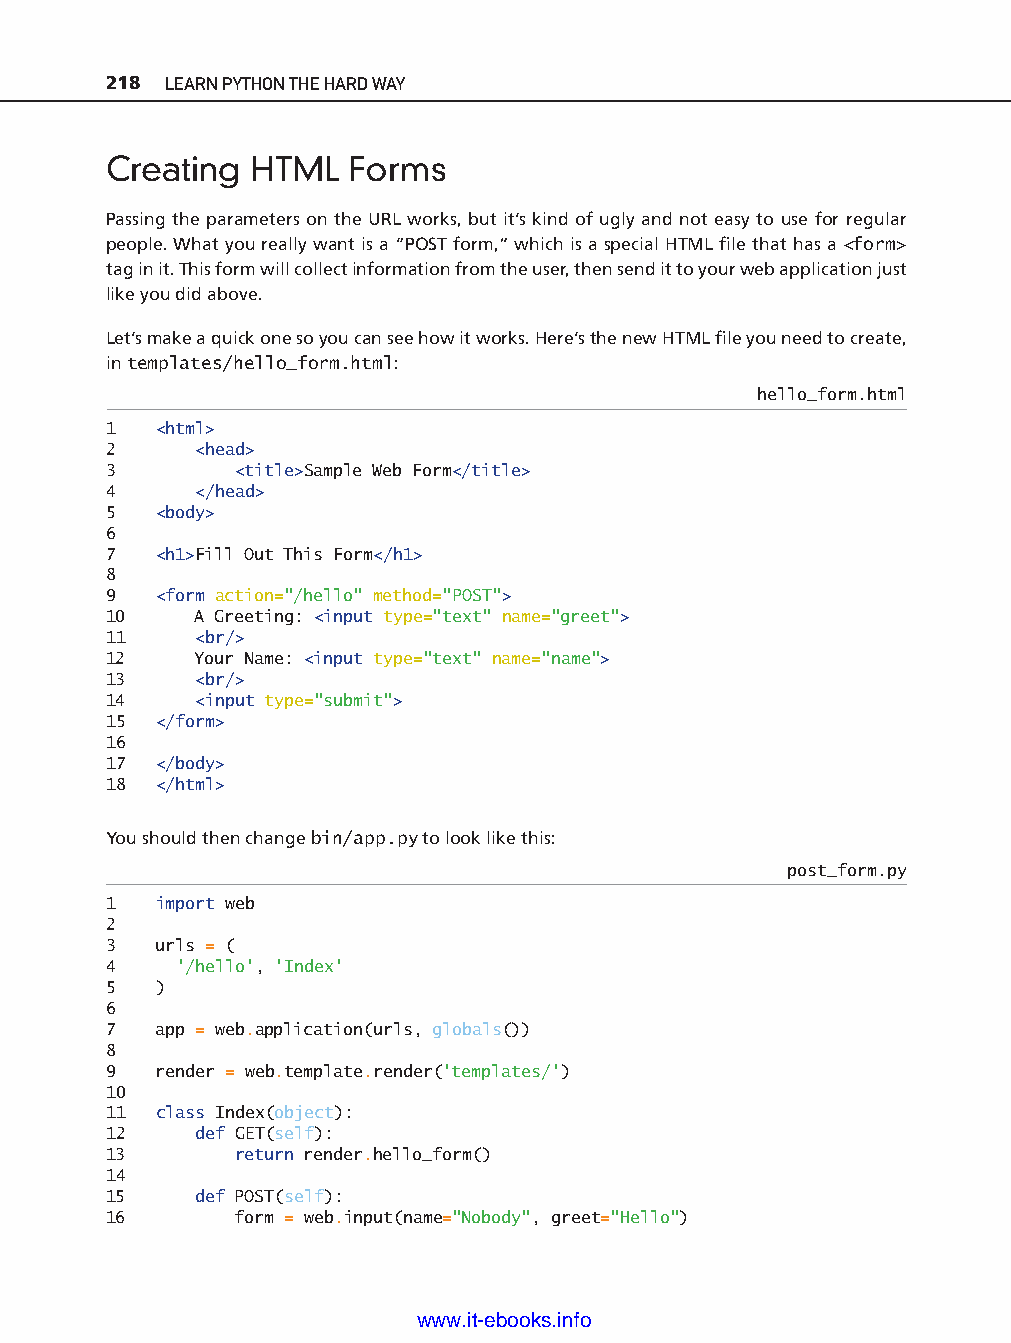
218 LEARN PYTHON THE HARD WAY
 Creating  HTML  Forms
 Passing the parameters on the URL works, but it’s kind of ugly and not easy to use for regular
 people. What you really want is a “POST form,” which is a special HTML fi le that has a <form>
 tag in it. This form will collect information from the user, then send it to your web application just
 like you did above.
 Let’s make a quick one so you can see how it works. Here’s the new HTML fi le you need to create,
 in templates/hello_form.html:
 hello_form.html
 1  <html>
 2     <head>
 3        <title>Sample Web Form</title>
 4     </head>
 5  <body>
 6
 7  <h1>Fill Out This Form</h1>
 8
 9  <form action="/hello" method="POST">
 10    A Greeting: <input type="text" name="greet">
 11    <br/>
 12    Your Name: <input type="text" name="name">
 13    <br/>                                                                      ptg11539604
 14    <input type="submit">
 15 </form>
 16
 17 </body>
 18 </html>
 You should then change bin/app.py to look like this:
 post_form.py
 1  import web
 2
 3  urls = (
 4    '/hello', 'Index'
 5  )
 6
 7  app = web.application(urls, globals())
 8
 9  render = web.template.render('templates/')
 10
 11 class Index(object):
 12    def GET(self):
 13       return render.hello_form()
 14
 15    def POST(self):
 16       form = web.input(name="Nobody", greet="Hello")
 www.it-ebooks.info